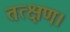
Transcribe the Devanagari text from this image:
तत्क्षण।